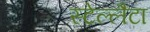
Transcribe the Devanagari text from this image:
स्टेल्लैटा